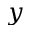
y